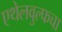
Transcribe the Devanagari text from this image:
एथेलवुल्फचा